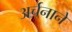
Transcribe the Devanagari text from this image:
अर्चनाने